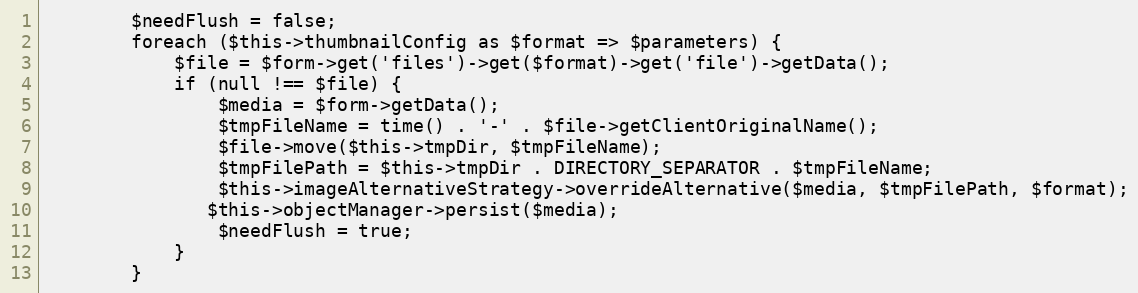
Language: PHP
        $needFlush = false;
        foreach ($this->thumbnailConfig as $format => $parameters) {
            $file = $form->get('files')->get($format)->get('file')->getData();
            if (null !== $file) {
                $media = $form->getData();
                $tmpFileName = time() . '-' . $file->getClientOriginalName();
                $file->move($this->tmpDir, $tmpFileName);
                $tmpFilePath = $this->tmpDir . DIRECTORY_SEPARATOR . $tmpFileName;
                $this->imageAlternativeStrategy->overrideAlternative($media, $tmpFilePath, $format);
               $this->objectManager->persist($media);
                $needFlush = true;
            }
        }